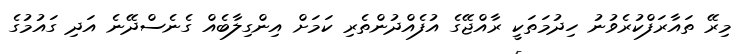
މިރޭ ތައާރަފްކުރެވުނު ހިދުމަތަކީ ރާއްޖޭގެ އުފެއްދުންތެރި ކަމަށް އިންގިލާބެއް ގެނެސްދޭނެ އަދި ގައުމުގެ